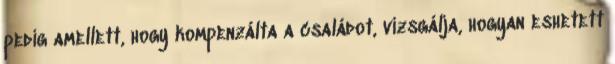
pedig amellett, hogy kompenzálta a családot, vizsgálja, hogyan eshetett